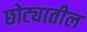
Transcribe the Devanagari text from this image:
छोट्यातील